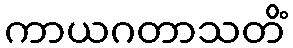
ကာယဂတာသတိံ